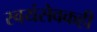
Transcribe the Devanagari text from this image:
स्वयंसेवकही